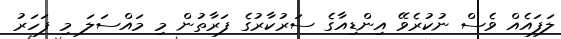
ލަފައެއް ވެސް ނުކުރެވޭ އިންޑިއާގެ ސަރުކާރުގެ ފަރާތުން މި މައްސަލަ މި ފަހަރު